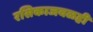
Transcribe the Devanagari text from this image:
रसिकाजवळही